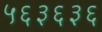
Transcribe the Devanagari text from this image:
५६३६३६